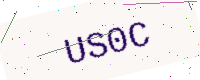
Text: US0C